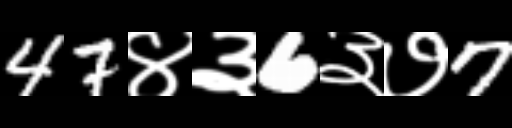
Text: 47४३6३७7